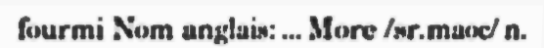
fourmi Nom anglais: ... More /sr.maoc/ n.